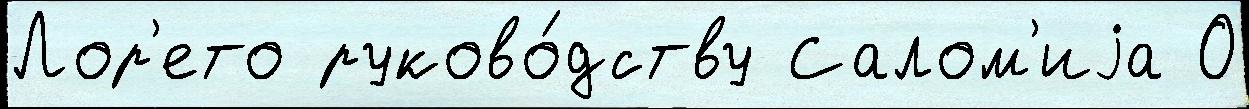
Лор'ето руково́дству Салом'иjа О